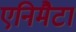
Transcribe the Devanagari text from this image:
एनिमैटा